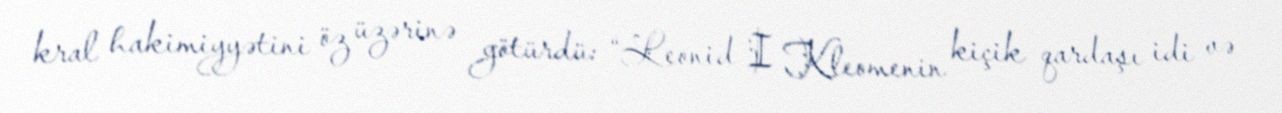
kral hakimiyyətini öz üzərinə götürdü: “Leonid I Kleomenin kiçik qardaşı idi və